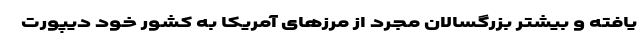
یافته و بیشتر بزرگسالان مجرد از مرزهای آمریکا به کشور خود دیپورت